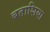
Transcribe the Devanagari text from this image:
बताशिया